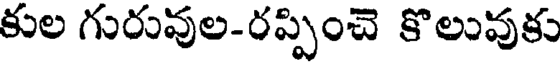
కుల గురువుల-రప్పించె కొలువుకు